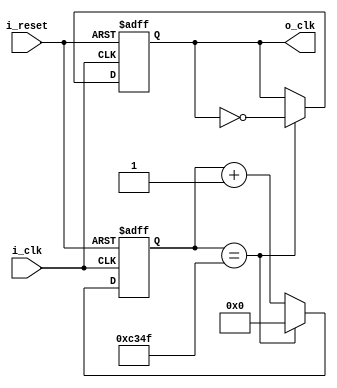
`timescale 1ns / 1ps


module Clock_Divider(
    input i_clk,
    input i_reset,

    output o_clk
    );
//100_000_000
//100_000

    reg r_clk = 0;
    reg [31:0] r_counter = 0;

    assign o_clk = r_clk;

    always @(posedge i_clk or posedge i_reset) begin
        if(i_reset) begin
            r_clk <= 0;
            r_counter <= 0;
        end
        else begin        
            if(r_counter == 50_000 - 1) begin
            // if(r_counter == 50 -1) begin         //for test bench
                r_counter <= 0;
                r_clk <= ~r_clk;
            end
            else begin
                r_counter <= r_counter + 1;
            end
        end
    end
endmodule